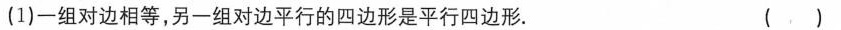
(1)一组对边相等，另一组对边平行的四边形是平行四边形. ( )